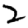
Digit: 2